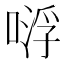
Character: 𠸷